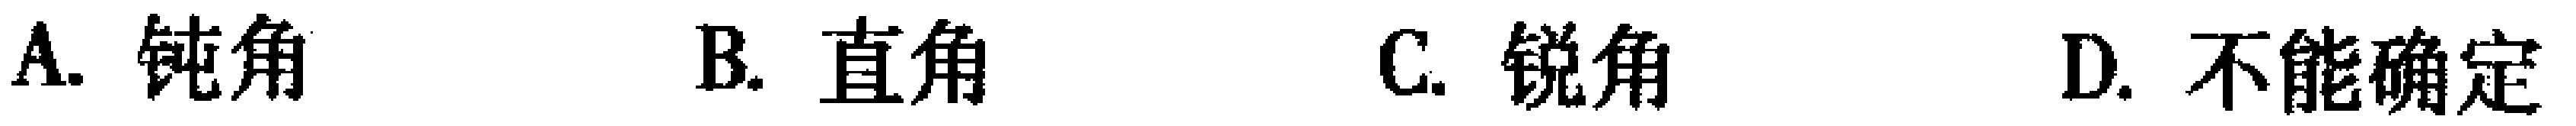
A. 钝角 B. 直角 C. 锐角 D. 不能确定